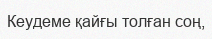
Кеудеме қайғы толған соң,